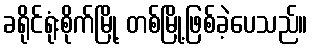
ခရိုင်ရုံးစိုက်မြို့ တစ်မြို့ဖြစ်ခဲ့ပေသည်။